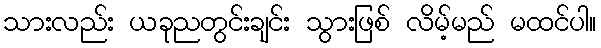
သားလည်း ယခုညတွင်းချင်း သွားဖြစ် လိမ့်မည် မထင်ပါ။